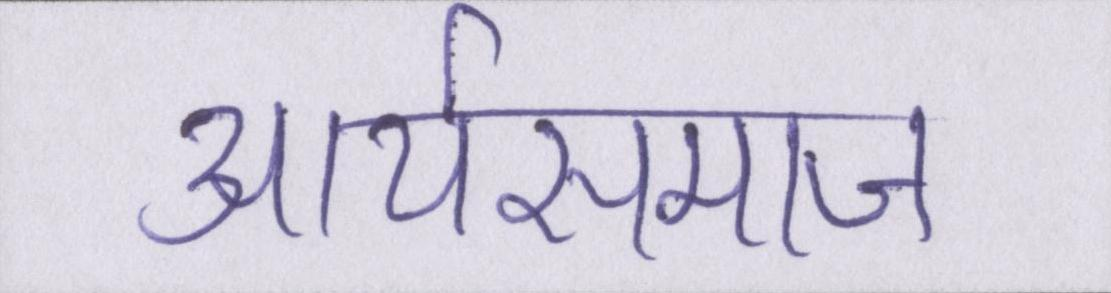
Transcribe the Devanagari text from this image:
आर्यसमाज